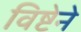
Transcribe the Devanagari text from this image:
विष्टेने